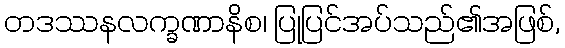
တဒဿနလက္ခဏာနိစ၊ ပြုပြင်အပ်သည်၏အဖြစ်,